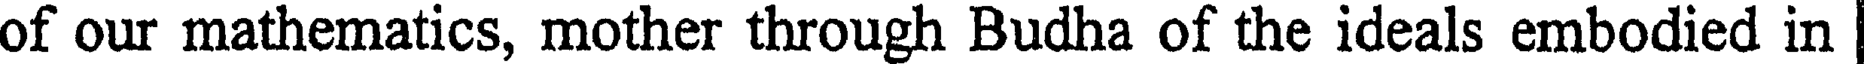
of our mathematics, mother through Budha of the ideals embodied in